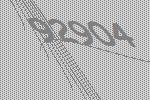
92904